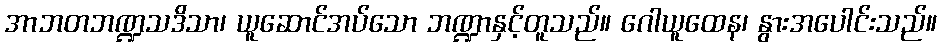
အာဘတဘဏ္ဍသဒိသာ၊ ယူဆောင်အပ်သော ဘဏ္ဍာနှင့်တူသည်။ ဂေါယူထေန၊ နွားအပေါင်းသည်။